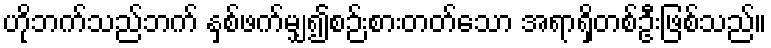
ဟိုဘက်သည်ဘက် နှစ်ဖက်မျှ၍စဉ်းစားတတ်သော အရာရှိတစ်ဦးဖြစ်သည်။